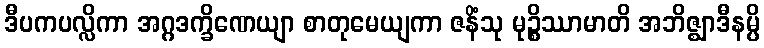
ဒီပကပလ္လိကာ အဂ္ဂဒက္ခိဏေယျာ စာတုမေယျကာ ဇနိံသု မုဉ္စိဿာမာတိ အဘိဇ္ဈာဒီနမ္ပိ